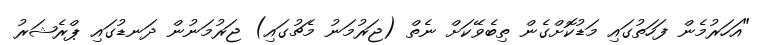
"އަހަރުމެން ފަހަތުގައި މަޑުކޮށްގެން ތިބެވޭކަށް ނެތް (ޖަރުމަނު މެޗުގައި) ޖަރުމަނުން ދަނޑުގައި ޕްރެޝަރު